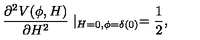
\frac { \partial ^ { 2 } V ( \phi , H ) } { \partial H ^ { 2 } } \mid _ { H = 0 , \phi = \delta ( 0 ) } = \frac { 1 } { 2 } ,